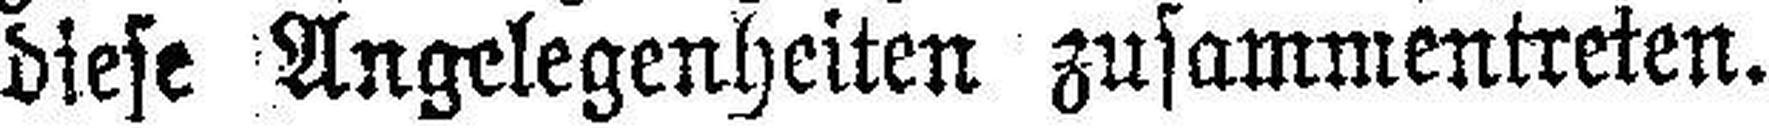
diese Angelegenheiten zusammentreten.